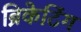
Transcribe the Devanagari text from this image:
ब्रिकेटिंग